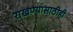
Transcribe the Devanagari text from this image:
राखण्यासाठीही